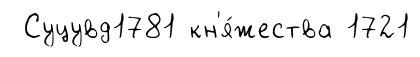
Суцувд1781 кн'я́жества 1721